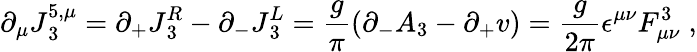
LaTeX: \partial_{\mu}J{^{5,\mu}_{3}}=\partial_{+}J{_3^{R}}-\partial_{-}J{_3^{L}}={\frac{g}{\pi}}(\partial_{-}A_{3}-\partial_{+}v)={\frac{g}{2\pi}}\epsilon^{\mu\nu}F_{\mu\nu}^{3}\; ,